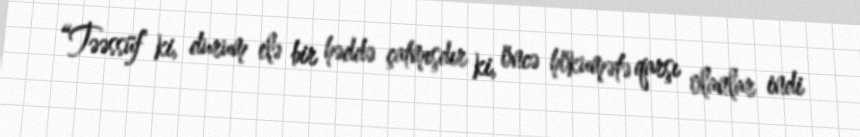
“Təəssüf ki, durum elə bir həddə çatmışdır ki, öncə hökumətə qarşı olanlar indi